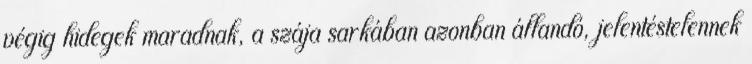
végig hidegek maradnak, a szája sarkában azonban állandó, jelentéstelennek